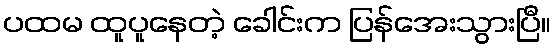
ပထမ ထူပူနေတဲ့ ခေါင်းက ပြန်အေးသွားပြီ။